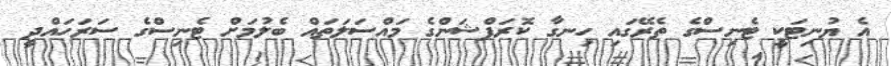
އެ ޔުނިޓަކީ ޓެނިސްގެ ތެރޭގައި ހިނގާ ކޮރަޕްޝަންގެ މައްސަލަތައް ބެލުމަށް ޓެނިސްގެ ސަރަހައްދީ